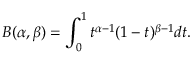
B ( \alpha , \beta ) = \int _ { 0 } ^ { 1 } t ^ { \alpha - 1 } ( 1 - t ) ^ { \beta - 1 } d t .